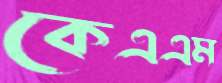
কেএএম